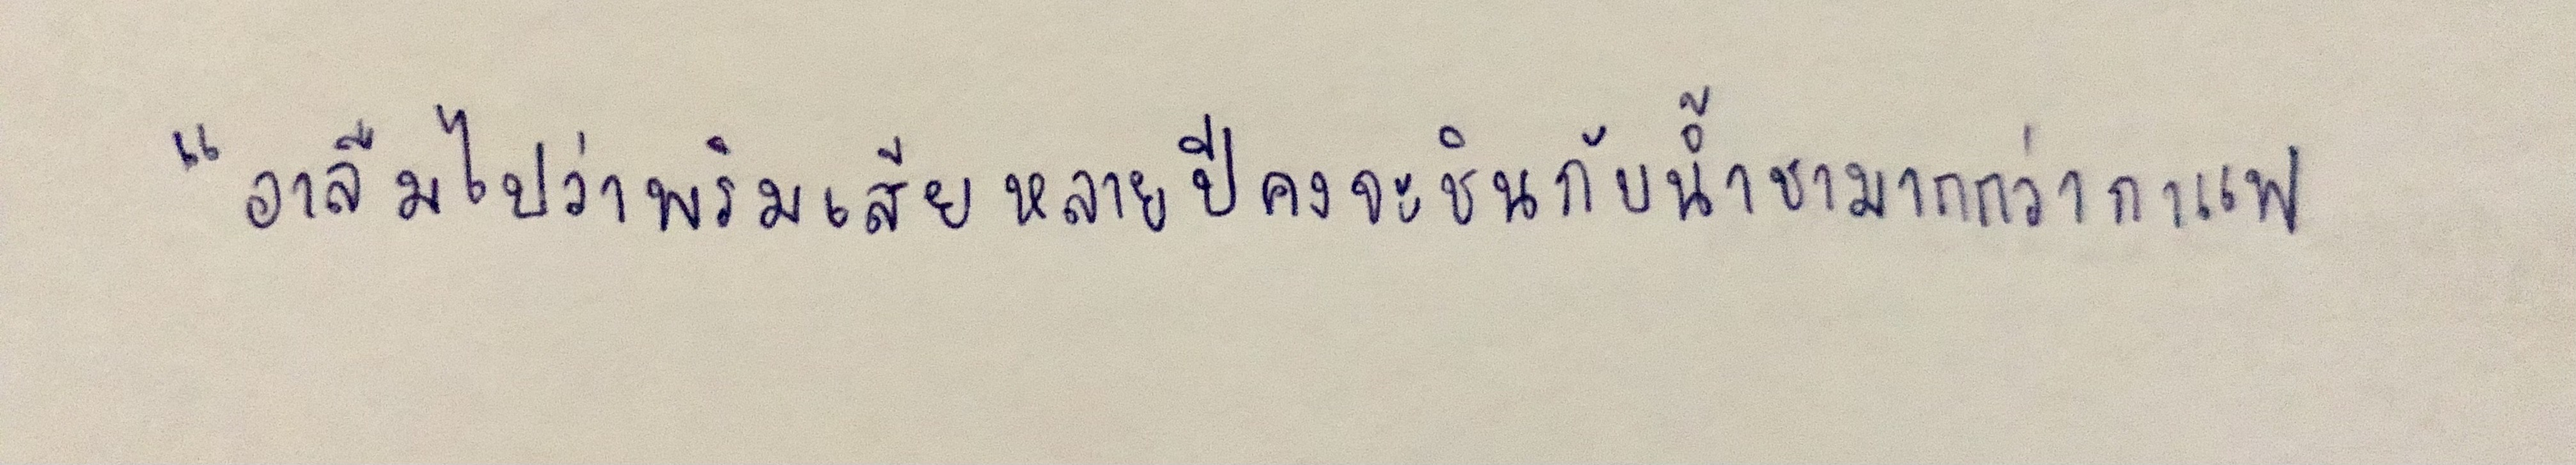
"อาลืมไปว่าพริมเสียหลายปีคงจะชินกับน้ำชามากกว่ากาแฟ